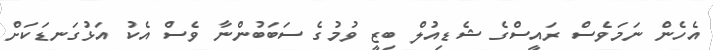
އެހެން ނަމަވެސް ރައީސްގެ ޝެޑިއުލް ބިޒީ ވުމުގެ ސަބަބުންނާ ވެސް އެކު އަޅުގަނޑަކަށް